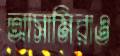
আসামিরাও